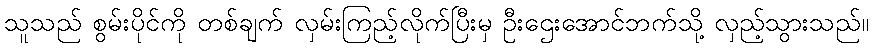
သူသည် စွမ်းပိုင်ကို တစ်ချက် လှမ်းကြည့်လိုက်ပြီးမှ ဦးဌေးအောင်ဘက်သို့ လှည့်သွားသည်။